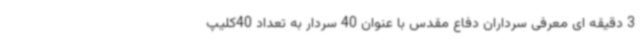
3 دقیقه ای معرفی سرداران دفاع مقدس با عنوان 40 سردار به تعداد 40کلیپ